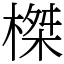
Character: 榤